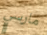
مارسي